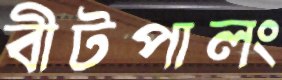
বীটপালং